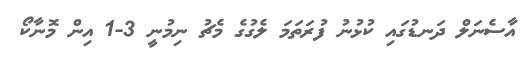
އާސެނަލް ދަނޑުގައި ކުޅުނު ފުރަތަމަ ލެގުގެ މެޗު ނިމުނީ 3-1 އިން މޮނާކޯ